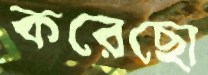
করেছো